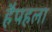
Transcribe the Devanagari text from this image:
हैपहला